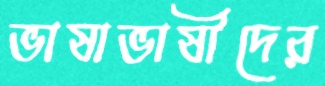
ভাষাভাষীদের